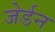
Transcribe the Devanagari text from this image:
जेर्डन